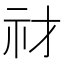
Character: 𥘔